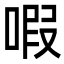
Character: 㗇